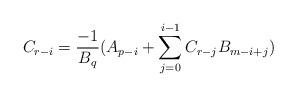
LaTeX: \begin{align*}C_{r-i} = \frac{-1}{B_q}(A_{p-i} + \sum_{j=0}^{i-1}C_{r-j}B_{m-i+j})\end{align*}